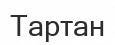
Тартан